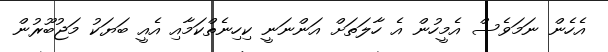
އެހެން ނަމަވެސް އެމީހުން އެ ހާލަތަށް އަންނަނީ ކިހިނެތްކަމާއި އެއީ ބަޔަކު މަޖުބޫރުން